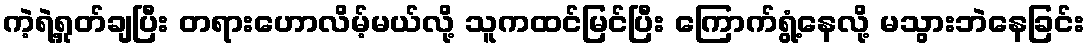
ကဲ့ရဲ့ရှုတ်ချပြီး တရားဟောလိမ့်မယ်လို့ သူကထင်မြင်ပြီး ကြောက်ရွံ့နေလို့ မသွားဘဲနေခြင်း